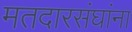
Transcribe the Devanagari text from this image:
मतदारसंघांना